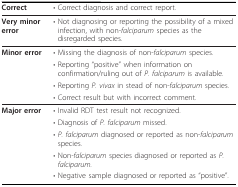
| Correct | • Correct diagnosis and correct report. |
 | --- | --- |
 | Very minor error | • Not diagnosing or reporting the possibility of a mixed infection, with non-falciparum species as the disregarded species. |
 | Minor error | • Missing the diagnosis of non-falciparum species. |
 |  | • Reporting "positive" when information on confirmation/ruling out of P. falciparum is available. |
 |  | • Reporting P. vivax in stead of non-falciparum species. |
 |  | • Correct result but with incorrect comment. |
 | Major error | • Invalid RDT test result not recognized. |
 |  | • Diagnosis of P. falciparum missed. |
 |  | • P. falciparum diagnosed or reported as non-falciparum species. |
 |  | • Non-falciparum species diagnosed or reported as P. falciparum. |
 |  | • Negative sample diagnosed or reported as "positive". |